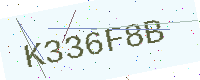
Text: K336F8B